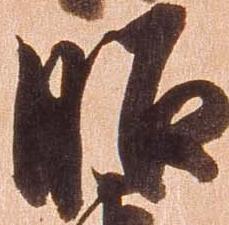
昭